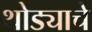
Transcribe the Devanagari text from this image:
थोड्याचे